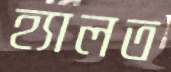
হ্যালত